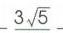
\(3\sqrt{5}\)